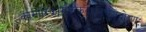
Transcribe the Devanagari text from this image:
कामारिकार्मुककदर्थनचुञ्चुदोष्णः